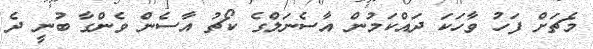
މެޗަށް ފަހު ވާހަކަ ދައްކަމުން އާސެނަލްގެ ކޯޗު އާސެން ވެންގާ ބުނީ ދެ